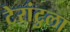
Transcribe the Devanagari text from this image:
टेरांटुला